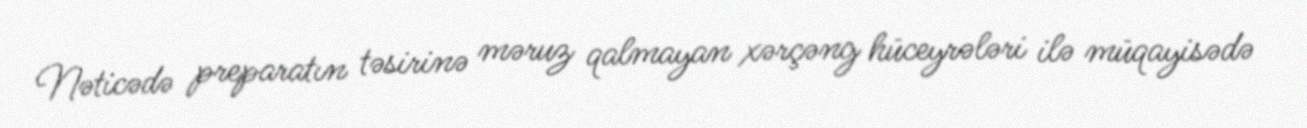
Nəticədə preparatın təsirinə məruz qalmayan xərçəng hüceyrələri ilə müqayisədə